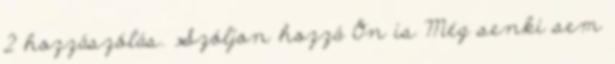
2 hozzászólás. Szóljon hozzá Ön is Még senki sem